Civil Veterinary Dept. North-West Frontier Province 1923-32 - 1923-1932
Year: 1923
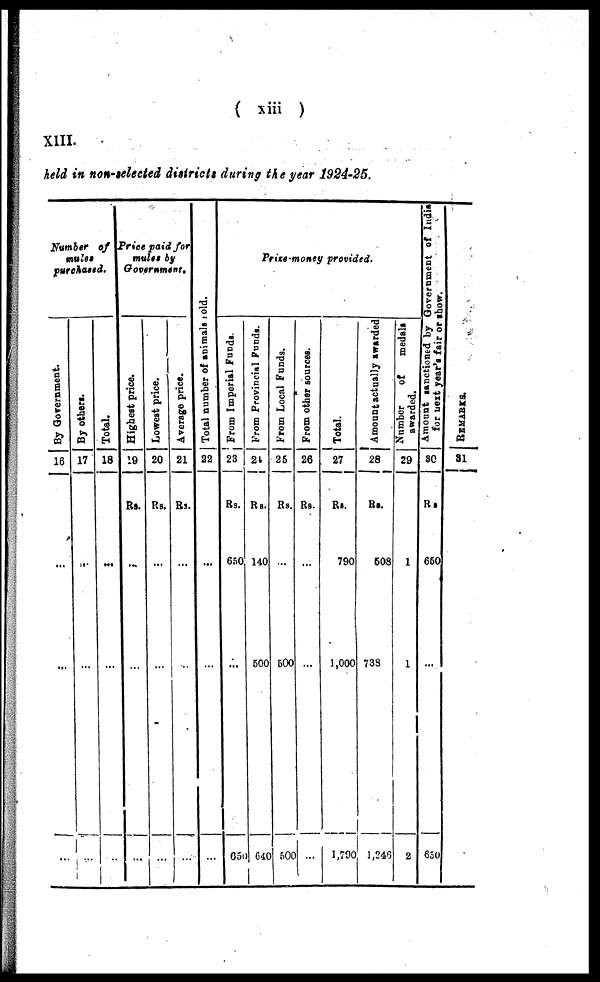
( xiii )
XIII.
held in non-selected districts during the year 1924-25.
Number of
mules
purchased.
By Government.
16
...
...
...
By others.
17
...
...
...
Total.
18
...
...
...
Price paid for
mules by
Government.
Highest price.
19
Rs.
...
...
...
Lowest price.
20
Rs.
...
...
...
Average price.
21
Rs.
...
...
...
Tot al number of animals sold.
22
...
...
...
From Imperial Funds.
23
Rs.
650
...
650
From Provincial Funds.
24
Rs.
140
500
640
From Local Funds.
25
Rs.
...
500
500
From other sources.
26
Rs.
...
...
...
Total.
27
—
Rs.
790
1,000
1,790
Amount actually awarded
28
Rs.
508
738
1,246
Number of
medals
awarded.
29
1
1
2
Amount sanctioned by Government of India
for next year's fair or show.
30
Rs
650
...
650
REMARKS.
31